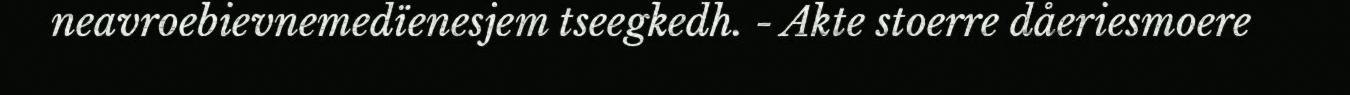
neavroebievnemedïenesjem tseegkedh. - Akte stoerre dåeriesmoere